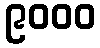
၉၀၀၀